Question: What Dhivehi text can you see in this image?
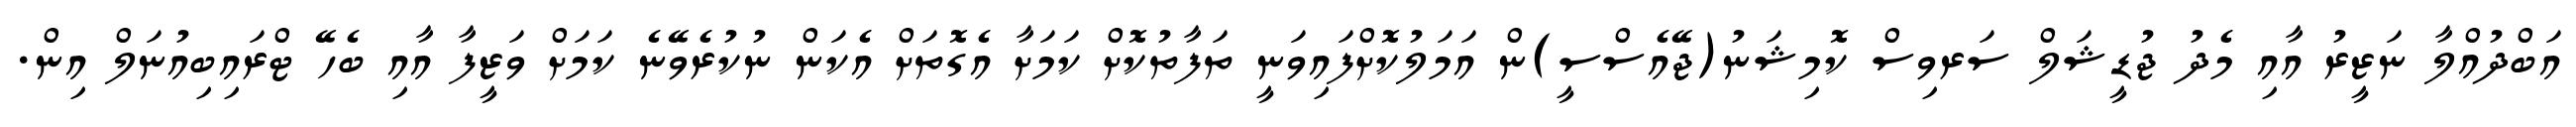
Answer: އަބްދުއްލާ ނަޒީރު އާއި މެދު ޖުޑީޝަލް ސަރވިސް ކޮމިޝަނު(ޖޭއެސްސީ)ން އަމަލުކޮށްފައިވަނީ ތަފާތުކޮށް ކަމަށާ އެގޮތަށް އެކަން ނުކުރެވޭނެ ކަމަށް ވަޒީފާ އާއި ބެހޭ ޓްރައިބިއުނަލް އިން.